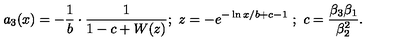
a _ { 3 } ( x ) = - \frac { 1 } { b } \cdot \frac { 1 } { 1 - c + W ( z ) } ; \ z = - e ^ { - \ln x / b + c - 1 } \ ; \ c = \frac { \beta _ { 3 } \beta _ { 1 } } { \beta _ { 2 } ^ { 2 } } .